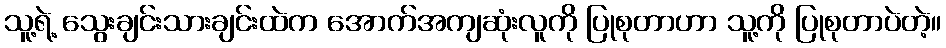
သူ့ရဲ့ သွေးချင်းသားချင်းထဲက အောက်အကျဆုံးလူကို ပြုစုတာဟာ သူ့ကို ပြုစုတာပဲတဲ့။